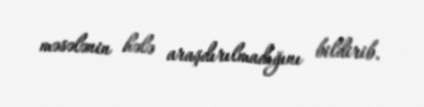
məsələnin hələ araşdırılmadığını bildirib.